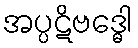
အပ္ပဋိဗဒ္ဓေါ